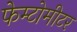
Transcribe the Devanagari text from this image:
फेम्टोमीटर